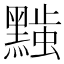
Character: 𬹚